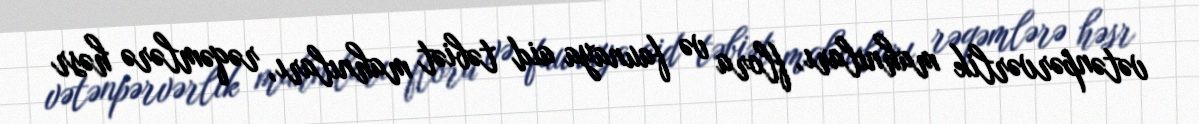
vətənpərvərlik mahnıları, flora və faunaya aid təbiət mahnıları, rəqəmlərə həsr